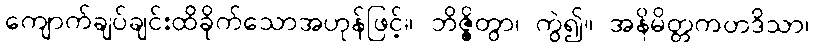
ကျောက်ချပ်ချင်းထိခိုက်သောအဟုန်ဖြင့်။ ဘိဇ္ဇိတွာ၊ ကွဲ၍။ အနိမိတ္တကတဒိသာ၊